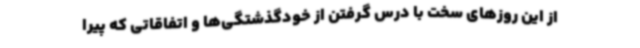
از این روزهای سخت با درس گرفتن از خودگذشتگی‌ها و اتفاقاتی که پیرا